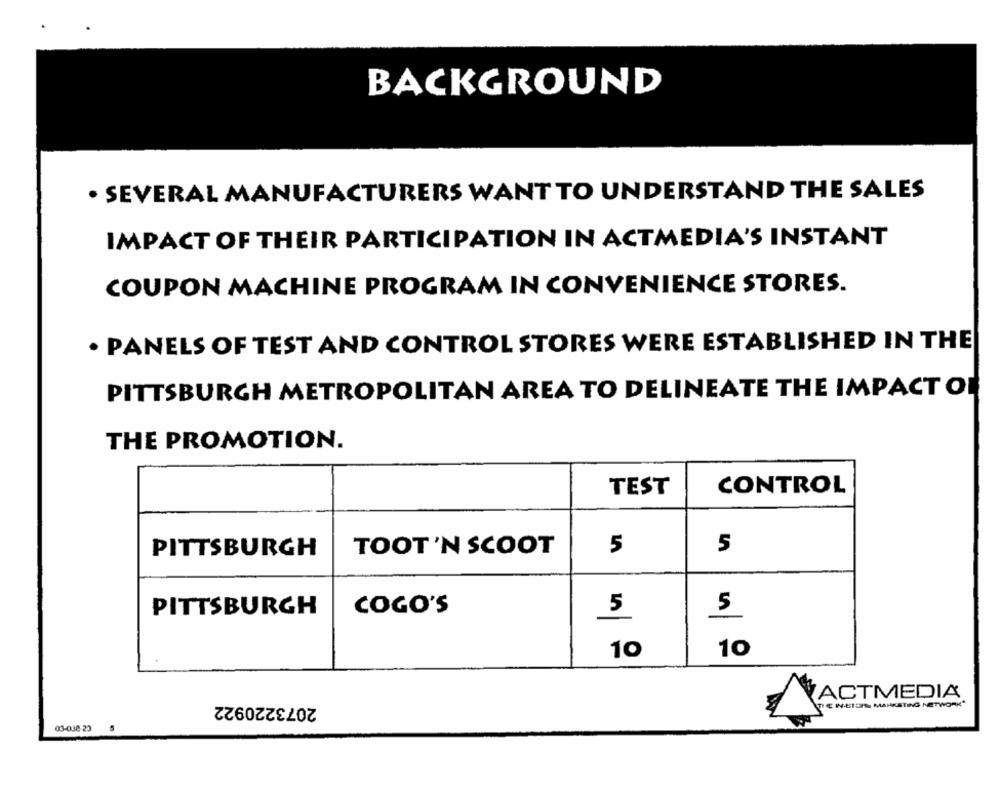
BACKGROUND
· SEVERAL MANUFACTURERS WANT TO UNDERSTAND THE SALES
IMPACT OF THEIR PARTICIPATION IN ACTMEDIA'S INSTANT
COUPON MACHINE PROGRAM IN CONVENIENCE STORES.
· PANELS OF TEST AND CONTROL STORES WERE ESTABLISHED IN THE
PITTSBURGH METROPOLITAN AREA TO DELINEATE THE IMPACT OF
THE PROMOTION.
TEST
CONTROL
PITTSBURGH
TOOT'N SCOOT
5
5
PITTSBURGH
COGO'S
5
5
10
10
VACTMEDIA
2073220922
CHEIOS MARKETING NETWORK
03-038-23